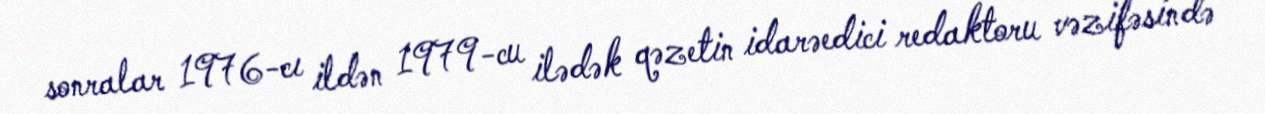
sonralar 1976-cı ildən 1979-cu ilədək qəzetin idarəedici redaktoru vəzifəsində